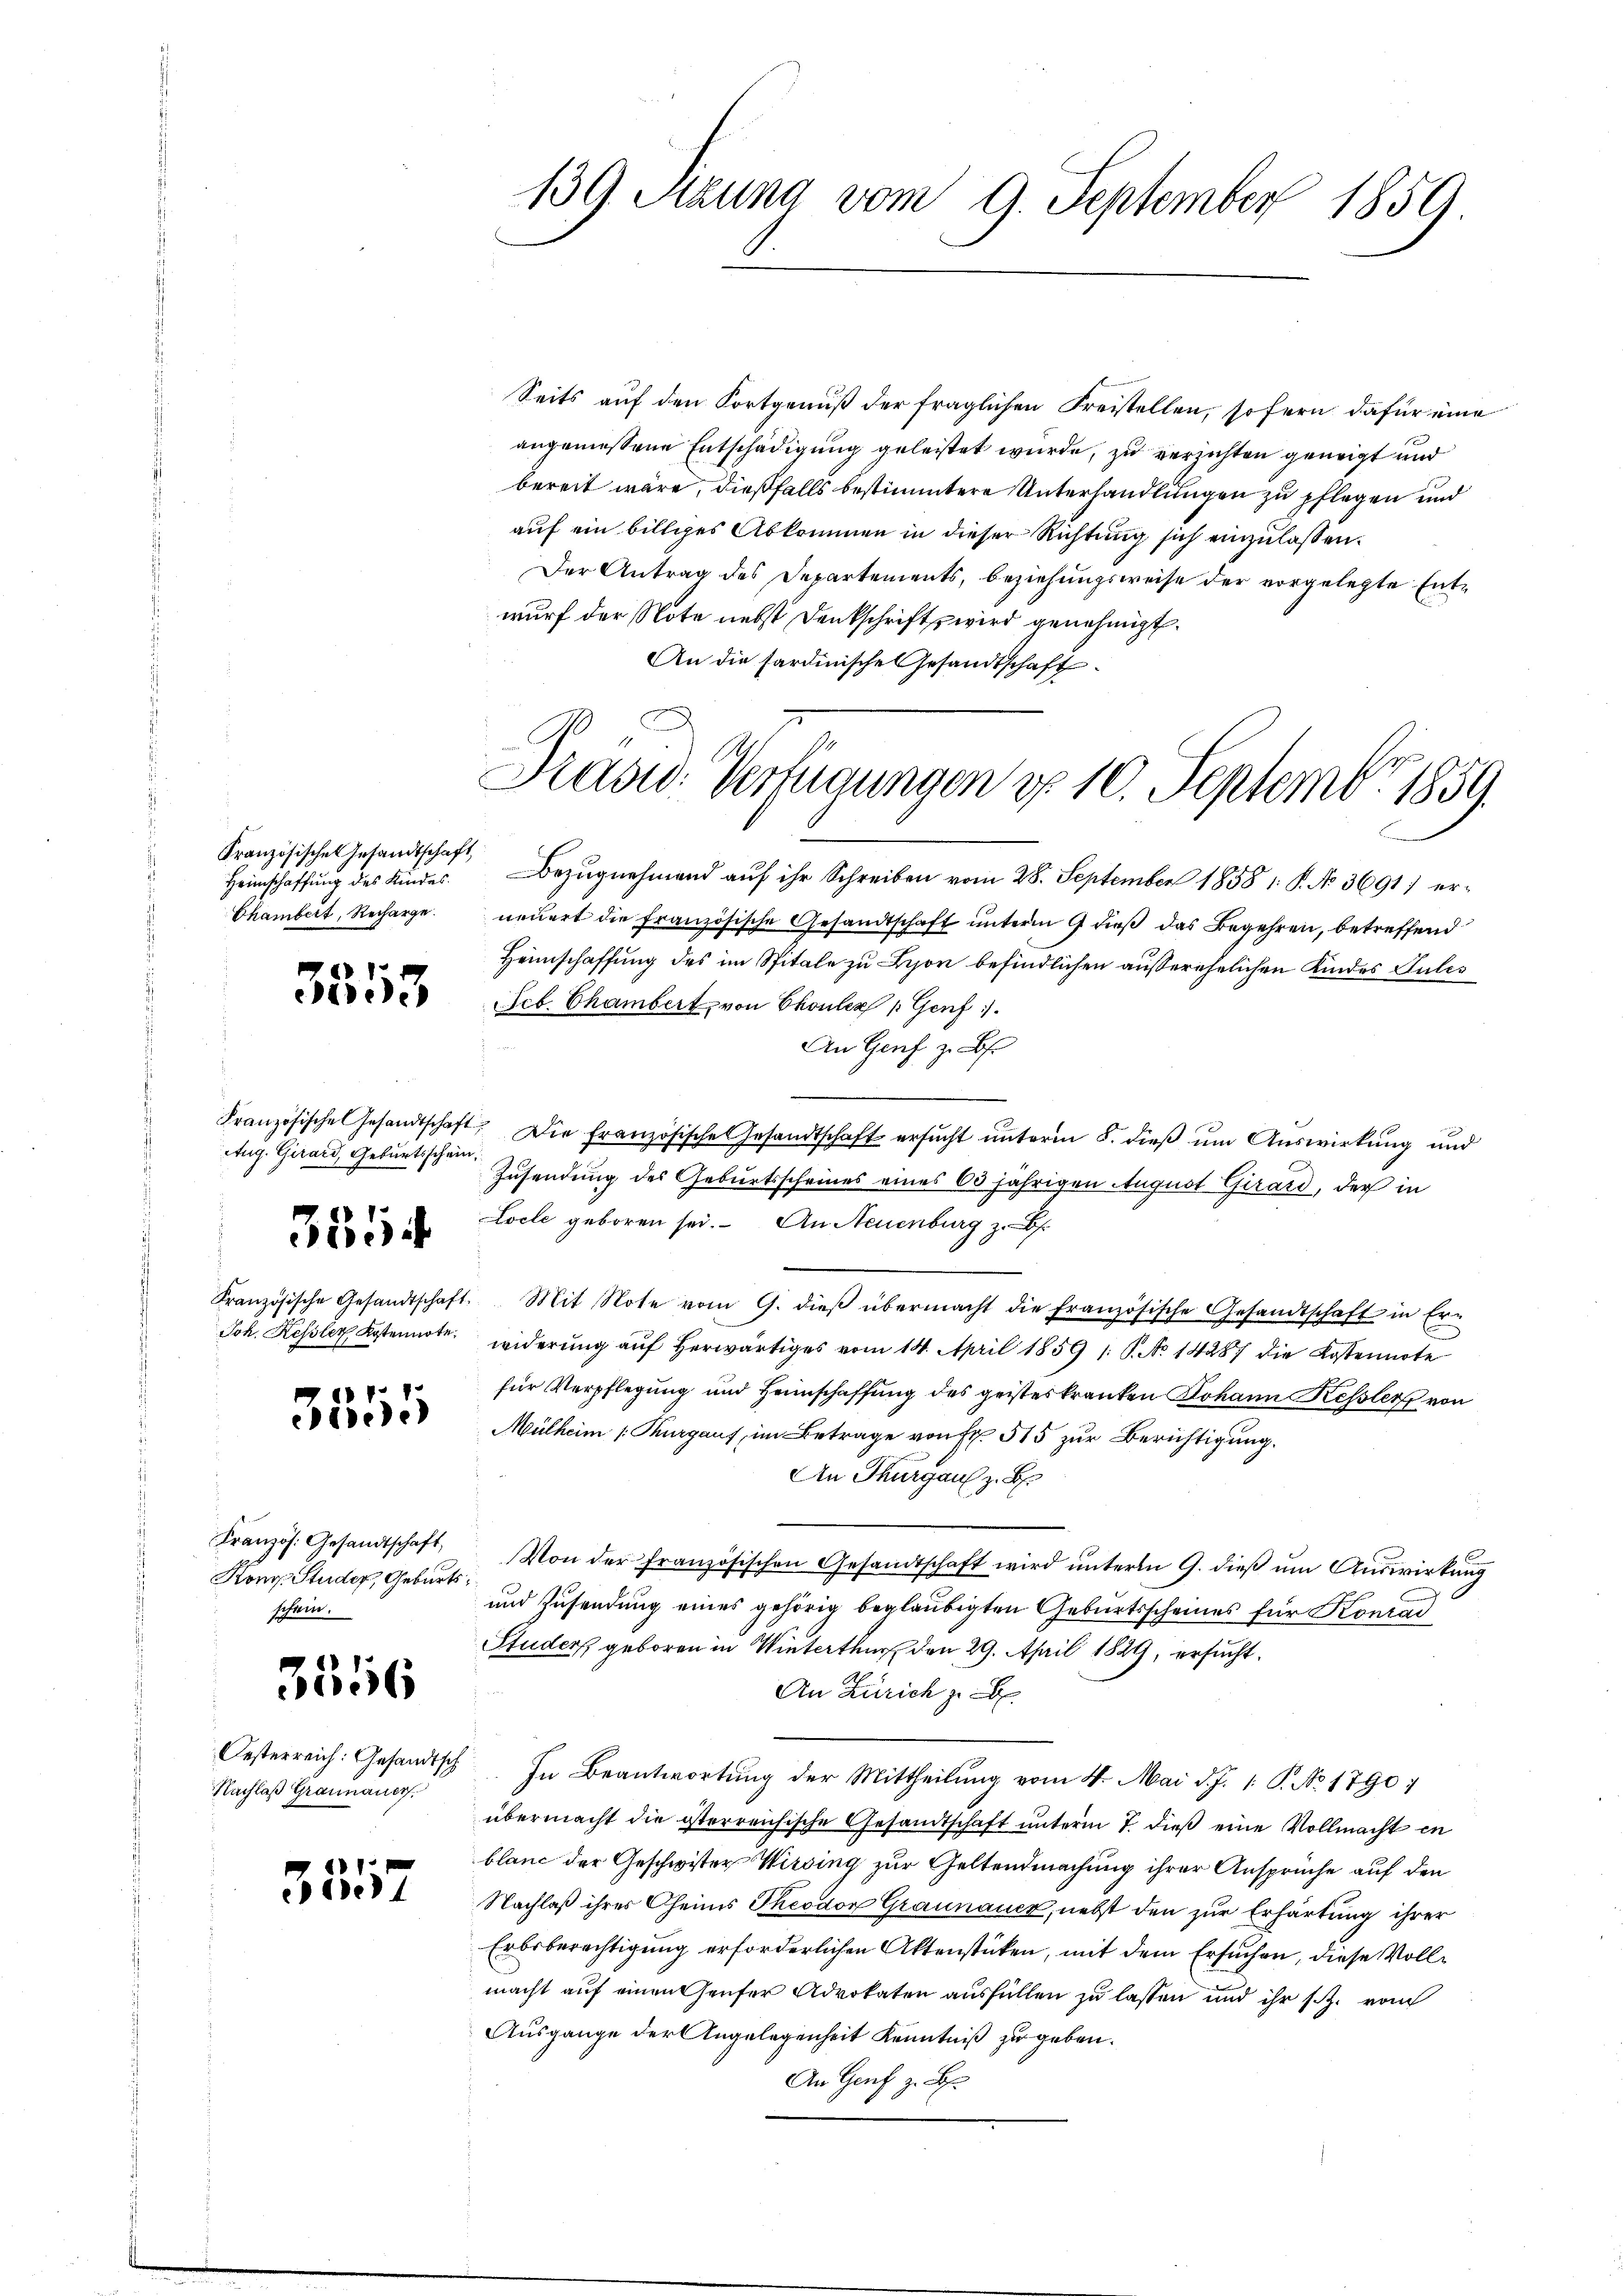
Französischen Gesandtschaft,
Heimschaffung des Kindes.
Chambert, Recharge.

3513

Aug. Girard, Geburtsschein
3554

Französische Gesandtschaft.
Joh. Kessler Kostennote.

.
3 die

Französ. Gesandtschaft,
Kong. Studer, Geburtsschein.

3556

Oesterreich: Gesandtsch
Nachlaß Graunauer.

3517

139. Setzung vom 9. September 1859

Seits auf den Fortgenuß der fraglichen Freistellen, sofern dafür eine
angemessene Entschädigung geleistet wurde, zu verzichten geneigt und
bereit wäre, dießfalls bestimmtere Unterhandlungen zu pflegen und
auf ein billiges Abkommen in dieser Richtung sich einzulassen.
Der Antrag des Departements, beziehungsweise der vorgelegte Entwurf der Note nebst Denkschrift wird genehmigt.
An die sardinische Gesandtschaft

1
.
Prasw: Verfügungen d. 10. Septembr. 1859

Bezugnahmend auf ihr Schreiben vom 28. September 1858 1 S. No. 3691) erneuert die Französische Gesandtschaft unterm 9 dieß das Begehren, betreffend
Heimschaffung des im Spitale zu Lyon befindlichen außerehelichen Kindes Gutes
Seb. Chambert, von Chouler Genf
An Genf z. B.
Französische Gesandtschaft. Die französische Gesandtschaft ersŭcht ŭnterm 8. dieβ ŭm Aŭswirkung und
Zusendung des Geburtsscheines eines 60jährigen August Girard, der in
Locle geboren sei. An Neuenburg z. B.
Mit Note vom 9. dieß übermacht die französische Gesandtschaft in Erwiderung auf herwärtiges vom 14. April 1859 /: P. No 14287 die Kostennote
für Verpflegung und Heimschaffung des geisteskranken Johann Kessler von
Mülheim Thurgaus, im Betrage von Fr. 515 zur Berichtigung.
An Thurgau z. B.
Von der französischen Gesandtschaft wird ŭnterm 9. dieß um Auswirkung
und Zusendung eines gehörig beglaubigten Geburtsscheines für Konrad
Studers geboren in Winterthur den 29. April 1829, ersucht¬
An Zürich z. B.
In Beantwortung der Mittheilung vom 4. Mai d. J. 1. P. No. 1790.
übermacht die österreichische Gesandtschaft unterm 7. dieß eine Vollmacht in
blanc der Geschwister Wirsing zur Geltendmachung ihrer Ansprüche auf den
Nachlaß ihres Oheims Theodor Graunauer, nebst den zur Erhärtung ihrer
Erbsberechtigung erforderlichen Aktenstücken, mit dem Ersuchen, diese Vollmacht auf einen heuter Advokaten ausfüllen zu lassen und ihr s.Z. vom
Ausgange der Angelegenheit Kenntniß zu geben.
An Genf z. B